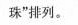
珠”排列。